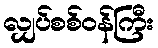
လျှပ်စစ်ဝန်ကြီး